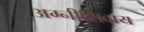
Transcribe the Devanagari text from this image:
अग्नीशिवाय